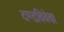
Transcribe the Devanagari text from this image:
दण्डविवेकः